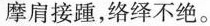
摩肩接踵，络绎不绝。